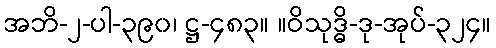
အဘိ-၂-ပါ-၃၉၀၊ ဋ္ဌ-၄၈၃။ ။ဝိသုဒ္ဓိ-ဒု-အုပ်-၃၂၄။